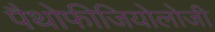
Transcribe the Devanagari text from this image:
पैथोफीजियोलोजी